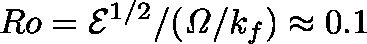
R o = { \cal E } ^ { 1 / 2 } / ( \mathit { \Omega } / k _ { f } ) \approx 0 . 1